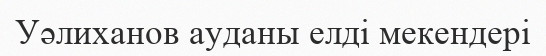
Уәлиханов ауданы елді мекендері